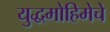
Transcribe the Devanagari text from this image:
युद्धमोहिमेचे